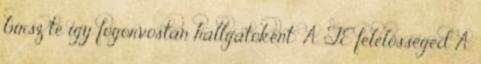
bírsz te így fogorvostan hallgatóként: A TE felelősséged A